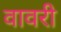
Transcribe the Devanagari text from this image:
वावरी